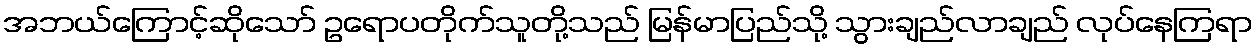
အဘယ်ကြောင့်ဆိုသော် ဥရောပတိုက်သူတို့သည် မြန်မာပြည်သို့ သွားချည်လာချည် လုပ်နေကြရာ